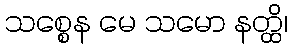
သစ္စေန မေ သမော နတ္ထိ၊